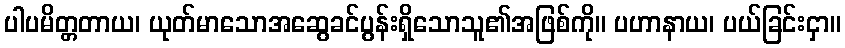
ပါပမိတ္တတာယ၊ ယုတ်မာသောအဆွေခင်ပွန်းရှိသောသူ၏အဖြစ်ကို။ ပဟာနာယ၊ ပယ်ခြင်းငှာ။